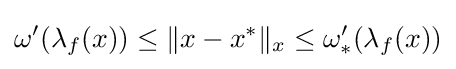
\omega '(\lambda _{f}(x))\leq \|x-x^{*}\|_{x}\leq \omega _{*}'(\lambda _{f}(x))